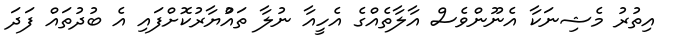
އިތުރު މެޝިނަކާ އެނޫންވެސް އާލާތެއްގެ އެހީއާ ނުލާ ތައްުޔާރުކޮށްފައި އެ ބުދުތައް ފަދަ